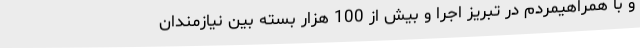
و با همراهیمردم در تبریز اجرا و بیش از 100 هزار بسته بین نیازمندان